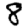
Digit: 8